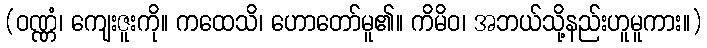
(ဝဏ္ဏံ၊ ကျေးဇူးကို။ ကထေသိ၊ ဟောတော်မူ၏။ ကိမိဝ၊ အဘယ်သို့နည်းဟူမူကား။)